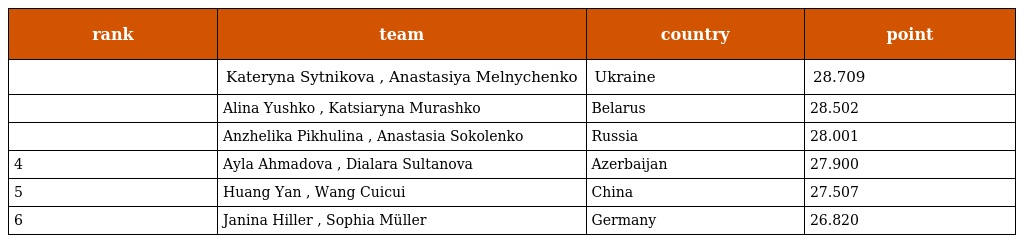
| rank | team | country | point |
 | --- | --- | --- | --- |
 |  | Kateryna Sytnikova , Anastasiya Melnychenko | Ukraine | 28.709 |
 |  | Alina Yushko , Katsiaryna Murashko | Belarus | 28.502 |
 |  | Anzhelika Pikhulina , Anastasia Sokolenko | Russia | 28.001 |
 | 4 | Ayla Ahmadova , Dialara Sultanova | Azerbaijan | 27.900 |
 | 5 | Huang Yan , Wang Cuicui | China | 27.507 |
 | 6 | Janina Hiller , Sophia Müller | Germany | 26.820 |